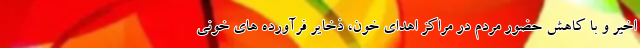
اخیر و با کاهش حضور مردم در مراکز اهدای خون، ذخایر فرآورده های خونی